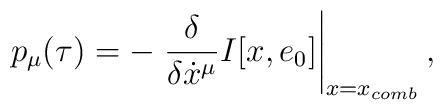
p_{\mu}(\tau)=-\left.\frac{\delta}{\delta\dot{x}^{\mu}}I[x,e_{0}]\right\vert_{x=x_{comb}},